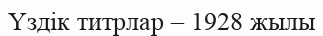
Үздік титрлар – 1928 жылы